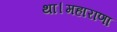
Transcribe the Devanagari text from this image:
था।महाराणा